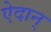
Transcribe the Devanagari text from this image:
ऐदान्